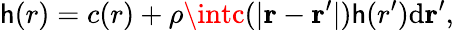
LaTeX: \mathsf{h}(r)=c(r)+\rho\intc(|\mathbf{{r}}-\mathbf{{r^{\prime}}}|)\mathsf{h}(r^{\prime})\mathrm{{d}}\mathbf{{r^{\prime}}},